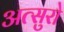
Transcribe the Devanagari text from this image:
अत्सुरो